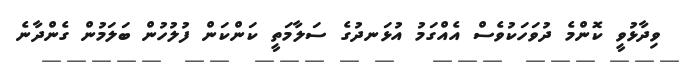
ވިދާޅުވީ ކޮންމެ ދުވަހަކުވެސް އެއްގަމު އުޅަނދުގެ ސަލާމަތީ ކަންކަން ފުލުހުން ބަލަމުން ގެންދާނެ